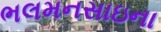
ભલમનસાઇના